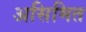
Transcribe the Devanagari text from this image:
असिमित